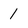
Character: 1